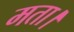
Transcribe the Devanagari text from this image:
मता।